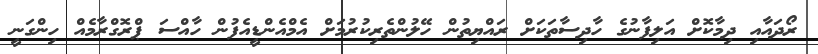
ރޯދައާއި ދިމާކޮށް އަލިފާނުގެ ހާދިސާތަކަށް ރައްޔިތުން ހޭލުންތެރިކުރުމަށް އެމްއެންޑީއެފުން ހާއްސަ ޕްރޮގްރާމެއް ހިންގަނީ